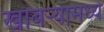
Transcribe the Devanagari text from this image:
खोबऱ्यामध्ये